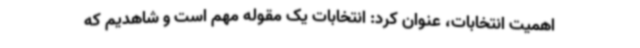
اهمیت انتخابات، عنوان کرد: انتخابات یک مقوله مهم است و شاهدیم که